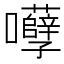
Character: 𡅲